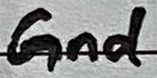
Text: Gnd